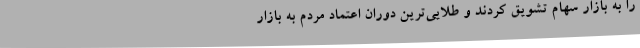
را به بازار سهام تشویق کردند و طلایی‌ترین دوران اعتماد مردم به بازار